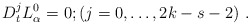
\begin{align*}D_t^jL_\alpha^0=0;(j=0,\dots,2k-s-2) \ .\end{align*}